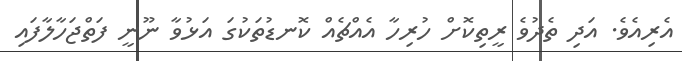
އެރިއެވެ. އަދި ތެދުވެ ރީތިކޮށް ހުރިހާ އެއްޗެއް ކޮނޑުތަކުގަ އަޅުވާ ނޫނީ ފަތްޖަހާލާފައި